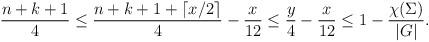
LaTeX: \begin{align*}\frac{n+k+1}{4}\le{n+k+1+\lceil x/2\rceil\over 4}-\frac{x}{12}\le\frac{y}{4}-\frac{x}{12}\le1-{\chi(\Sigma)\over |G|}.\end{align*}